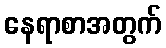
နေရာစာအတွက်